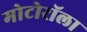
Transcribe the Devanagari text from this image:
मोटोरॉला